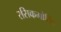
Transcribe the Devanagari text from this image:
रसिकगोविंद